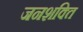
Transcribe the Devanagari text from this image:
जनशक्‍ति